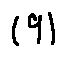
( 9 )